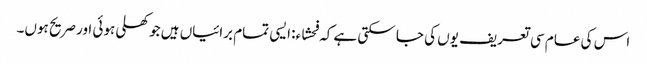
اس کی عام سی تعریف یوں کی جا سکتی ہے کہ فحشاء: ایسی تمام برائیاں ہیں جو کھلی ہوئی اور صریح ہوں۔